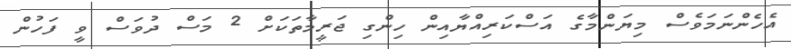
އެހެންނަމަވެސް މިޔަންމާގެ އަސްކަރިއްޔާއިން ހިންގި ޖަރީމާތަކަށް 2 މަސް ދުވަސް ވީ ފަހުން